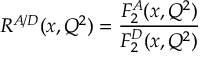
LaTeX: R ^ { A / D } ( x , Q ^ { 2 } ) = \frac { F _ { 2 } ^ { A } ( x , Q ^ { 2 } ) } { F _ { 2 } ^ { D } ( x , Q ^ { 2 } ) }